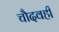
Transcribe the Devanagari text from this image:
चौदवहीं